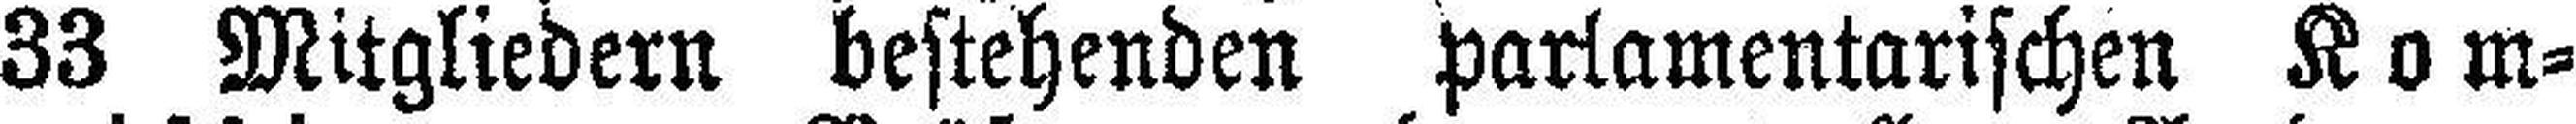
33 Mitgliedern bestehenden parlamentarischen Kom¬